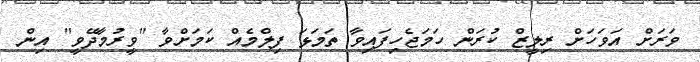
ވަރަށް އަވަހަށް ރިލީޒް ކުރަން ހަމަޖެހިފައިވާ ތަމަޅަ ފިލްމެއް ކަމަށްވާ "ވީރުމާދޭވީ" އިން